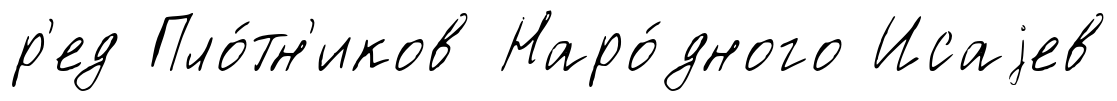
р'ед Пло́тн'иков Наро́дного Исаjев